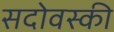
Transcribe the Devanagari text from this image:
सदोवस्की